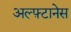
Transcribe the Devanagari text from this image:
अल्फ़्टानेस